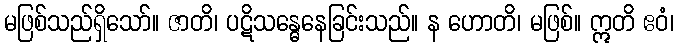
မဖြစ်သည်ရှိသော်။ ဇာတိ၊ ပဋိသန္ဓေနေခြင်းသည်။ န ဟောတိ၊ မဖြစ်။ ဣတိ ဧဝံ၊